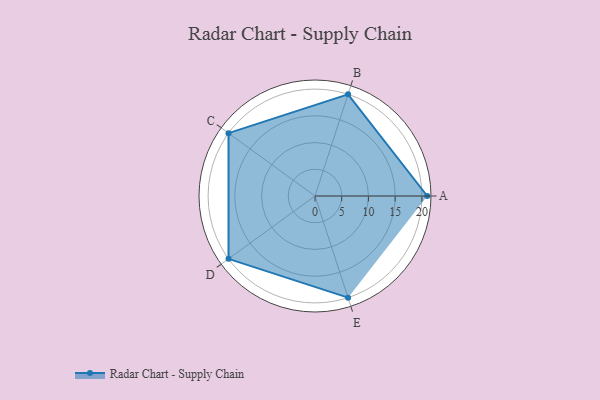
{"axis": {"x": "Skill", "y": "Score"}, "legend": ["Profile"], "data": [{"x": "A", "y": 21.0, "type": "Profile"}, {"x": "B", "y": 20.0, "type": "Profile"}, {"x": "C", "y": 20, "type": "Profile"}, {"x": "D", "y": 20, "type": "Profile"}, {"x": "E", "y": 20, "type": "Profile"}]}